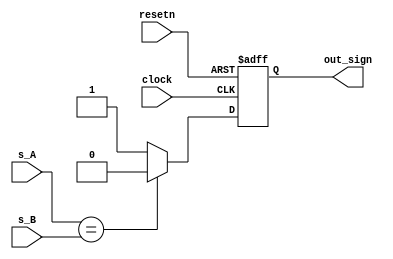
`timescale 1ns / 1ps
//////////////////////////////////////////////////////////////////////////////////
// Company: 
// Engineer: 
// 
// Design Name: 
// Module Name:    sign_determine 
// Project Name: 
// Target Devices: 
// Tool versions: 
// Description: 
//
// Dependencies: 
//
// Revision: 
// Revision 0.01 - File Created
// Additional Comments: 
//
//////////////////////////////////////////////////////////////////////////////////
module sign_determine(clock, resetn, s_A, s_B, out_sign);
	 input clock, resetn;
	
	 input s_A, s_B;
	 
	 output reg out_sign;
	 
	 always@(posedge clock, negedge resetn) begin
		if(!resetn) begin
			out_sign <= 0;
		end
		else begin
			out_sign <= (s_A == s_B) ? 0 : 1; 
		end
	end
endmodule